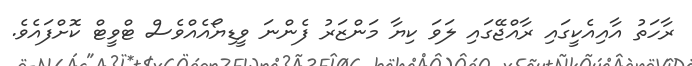
ރާހަތު އާއިއެކީގައި ރާއްޖޭގައި ލަވަ ކިޔާ މަންޒަރު ފެންނަ ވީޑިޔޯއެއްވެސް ޓްވީޓް ކޮށްފައެވެ.